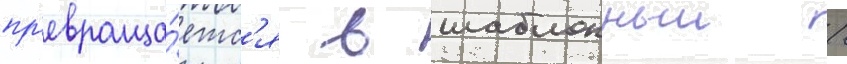
пр'евраща́етс'я в шаблонныи /